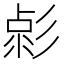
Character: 𢒦